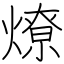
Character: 燎